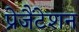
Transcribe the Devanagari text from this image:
प्रेजैंटेशन